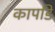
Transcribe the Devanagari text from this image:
कापडि